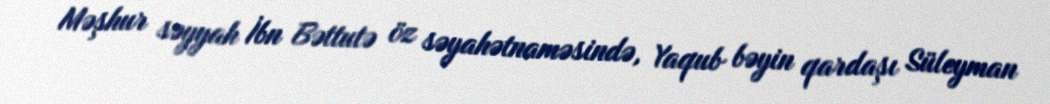
Məşhur səyyah İbn Bəttutə öz səyahətnaməsində, Yaqub bəyin qardaşı Süleyman